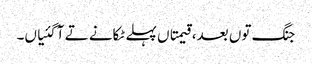
جنگ توں بعد، قیمتاں پہلے ٹکانے تے آ گئیاں۔